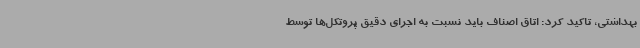
بهداشتی، تاکید کرد: اتاق اصناف باید نسبت به اجرای دقیق پروتکل‌ها توسط